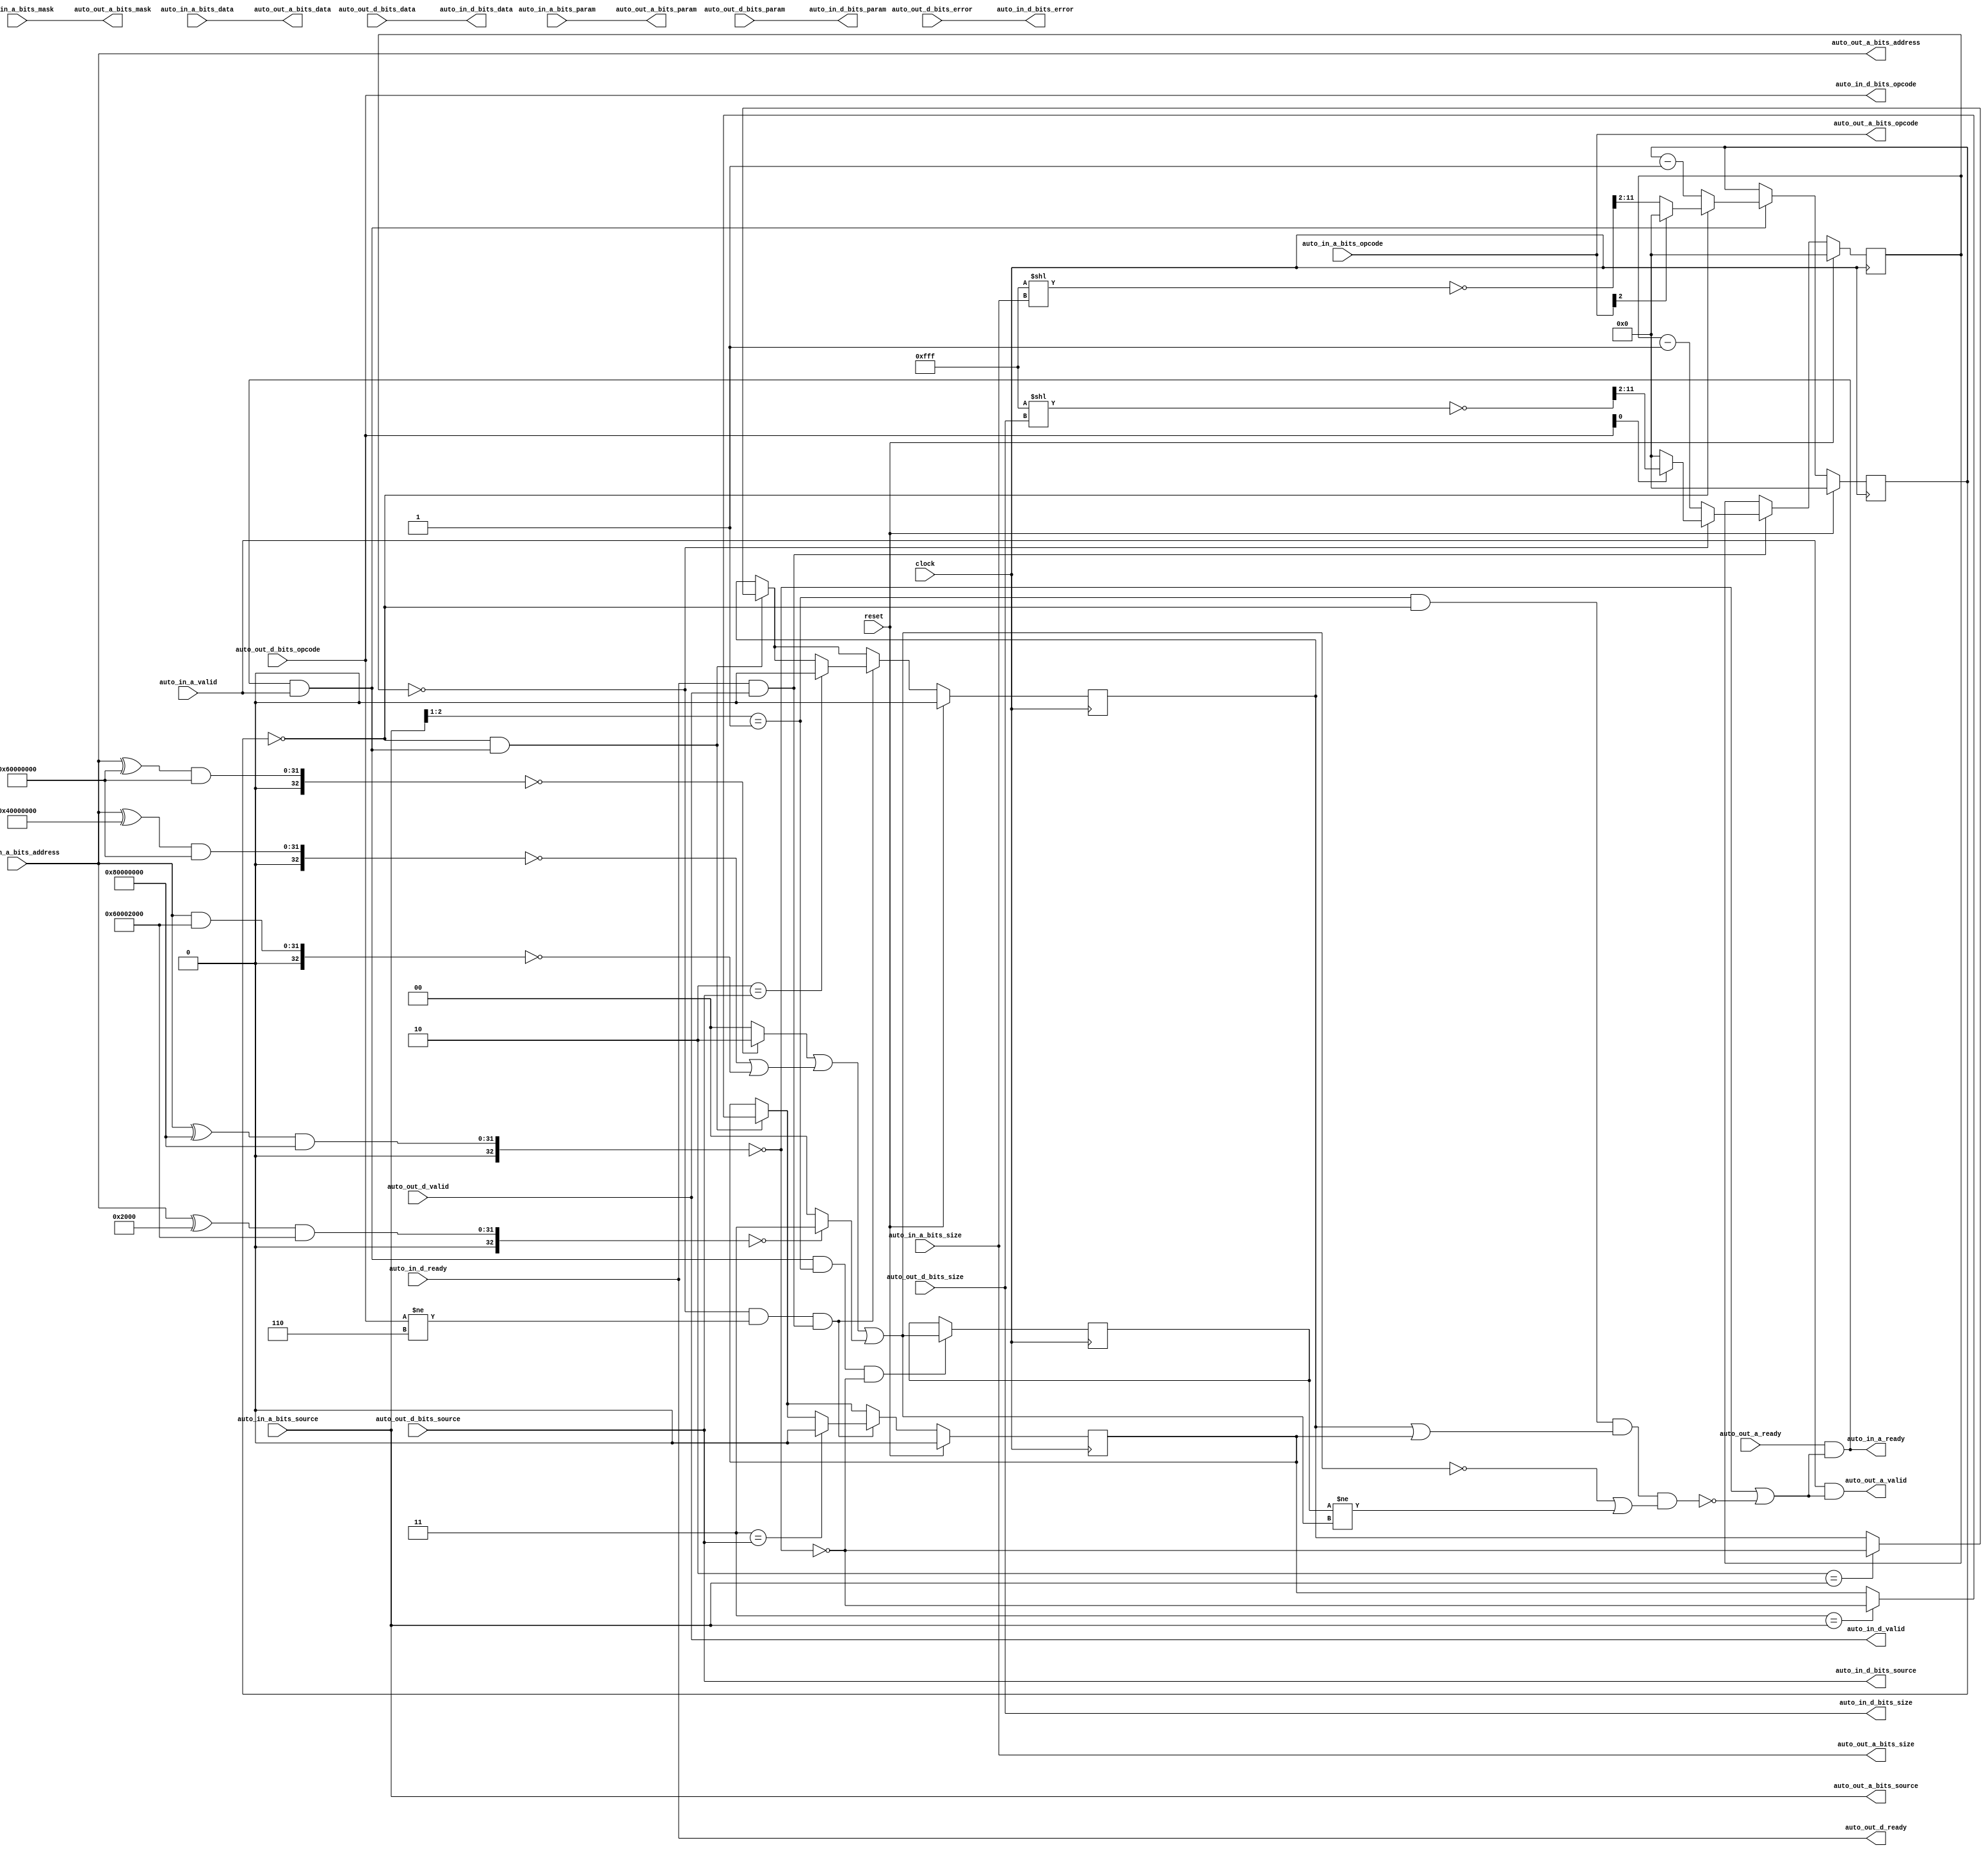
// Copyright (c) 2017, Microsemi Corporation
// All rights reserved.
//
// Redistribution and use in source and binary forms, with or without
// modification, are permitted provided that the following conditions are met:
//     * Redistributions of source code must retain the above copyright
//       notice, this list of conditions and the following disclaimer.
//     * Redistributions in binary form must reproduce the above copyright
//       notice, this list of conditions and the following disclaimer in the
//       documentation and/or other materials provided with the distribution.
//     * Neither the name of the <organization> nor the
//       names of its contributors may be used to endorse or promote products
//       derived from this software without specific prior written permission.
//
// THIS SOFTWARE IS PROVIDED BY THE COPYRIGHT HOLDERS AND CONTRIBUTORS "AS IS" AND
// ANY EXPRESS OR IMPLIED WARRANTIES, INCLUDING, BUT NOT LIMITED TO, THE IMPLIED
// WARRANTIES OF MERCHANTABILITY AND FITNESS FOR A PARTICULAR PURPOSE ARE
// DISCLAIMED. IN NO EVENT SHALL MICROSEMI CORPORATIONM BE LIABLE FOR ANY
// DIRECT, INDIRECT, INCIDENTAL, SPECIAL, EXEMPLARY, OR CONSEQUENTIAL DAMAGES
// (INCLUDING, BUT NOT LIMITED TO, PROCUREMENT OF SUBSTITUTE GOODS OR SERVICES;
// LOSS OF USE, DATA, OR PROFITS; OR BUSINESS INTERRUPTION) HOWEVER CAUSED AND
// ON ANY THEORY OF LIABILITY, WHETHER IN CONTRACT, STRICT LIABILITY, OR TORT
// (INCLUDING NEGLIGENCE OR OTHERWISE) ARISING IN ANY WAY OUT OF THE USE OF THIS
// SOFTWARE, EVEN IF ADVISED OF THE POSSIBILITY OF SUCH DAMAGE.
//
// APACHE LICENSE
// Copyright (c) 2017, Microsemi Corporation 
//
// Licensed under the Apache License, Version 2.0 (the "License");
// you may not use this file except in compliance with the License.
// You may obtain a copy of the License at
//
//    http://www.apache.org/licenses/LICENSE-2.0
//
// Unless required by applicable law or agreed to in writing, software
// distributed under the License is distributed on an "AS IS" BASIS,
// WITHOUT WARRANTIES OR CONDITIONS OF ANY KIND, either express or implied.
// See the License for the specific language governing permissions and
// limitations under the License.
//
// Description:
//
// SVN Revision Information:
// SVN $Revision: $
// SVN $Date: $
//
// Resolved SARs
// SAR      Date     Who   Description
//
// Notes:
//
// ****************************************************************************/
`ifndef RANDOMIZE_REG_INIT 
	 `define RANDOMIZE_REG_INIT 
 `endif
`ifndef RANDOMIZE_MEM_INIT 
	 `define RANDOMIZE_MEM_INIT 
 `endif
`ifndef RANDOMIZE 
	 `define RANDOMIZE 
`endif

`timescale 1ns/10ps
module MiV_AXI_MiV_AXI_0_MIV_RV32IMA_L1_AXI_TLFIFOFIXER_SYSTEM_BUS( // @[:freechips.rocketchip.system.MivRV32ImaL1AhbConfig.fir@2437.2]
  input         clock, // @[:freechips.rocketchip.system.MivRV32ImaL1AhbConfig.fir@2438.4]
  input         reset, // @[:freechips.rocketchip.system.MivRV32ImaL1AhbConfig.fir@2439.4]
  output        auto_in_a_ready, // @[:freechips.rocketchip.system.MivRV32ImaL1AhbConfig.fir@2440.4]
  input         auto_in_a_valid, // @[:freechips.rocketchip.system.MivRV32ImaL1AhbConfig.fir@2440.4]
  input  [2:0]  auto_in_a_bits_opcode, // @[:freechips.rocketchip.system.MivRV32ImaL1AhbConfig.fir@2440.4]
  input  [2:0]  auto_in_a_bits_param, // @[:freechips.rocketchip.system.MivRV32ImaL1AhbConfig.fir@2440.4]
  input  [3:0]  auto_in_a_bits_size, // @[:freechips.rocketchip.system.MivRV32ImaL1AhbConfig.fir@2440.4]
  input  [2:0]  auto_in_a_bits_source, // @[:freechips.rocketchip.system.MivRV32ImaL1AhbConfig.fir@2440.4]
  input  [31:0] auto_in_a_bits_address, // @[:freechips.rocketchip.system.MivRV32ImaL1AhbConfig.fir@2440.4]
  input  [3:0]  auto_in_a_bits_mask, // @[:freechips.rocketchip.system.MivRV32ImaL1AhbConfig.fir@2440.4]
  input  [31:0] auto_in_a_bits_data, // @[:freechips.rocketchip.system.MivRV32ImaL1AhbConfig.fir@2440.4]
  input         auto_in_d_ready, // @[:freechips.rocketchip.system.MivRV32ImaL1AhbConfig.fir@2440.4]
  output        auto_in_d_valid, // @[:freechips.rocketchip.system.MivRV32ImaL1AhbConfig.fir@2440.4]
  output [2:0]  auto_in_d_bits_opcode, // @[:freechips.rocketchip.system.MivRV32ImaL1AhbConfig.fir@2440.4]
  output [1:0]  auto_in_d_bits_param, // @[:freechips.rocketchip.system.MivRV32ImaL1AhbConfig.fir@2440.4]
  output [3:0]  auto_in_d_bits_size, // @[:freechips.rocketchip.system.MivRV32ImaL1AhbConfig.fir@2440.4]
  output [2:0]  auto_in_d_bits_source, // @[:freechips.rocketchip.system.MivRV32ImaL1AhbConfig.fir@2440.4]
  output [31:0] auto_in_d_bits_data, // @[:freechips.rocketchip.system.MivRV32ImaL1AhbConfig.fir@2440.4]
  output        auto_in_d_bits_error, // @[:freechips.rocketchip.system.MivRV32ImaL1AhbConfig.fir@2440.4]
  input         auto_out_a_ready, // @[:freechips.rocketchip.system.MivRV32ImaL1AhbConfig.fir@2440.4]
  output        auto_out_a_valid, // @[:freechips.rocketchip.system.MivRV32ImaL1AhbConfig.fir@2440.4]
  output [2:0]  auto_out_a_bits_opcode, // @[:freechips.rocketchip.system.MivRV32ImaL1AhbConfig.fir@2440.4]
  output [2:0]  auto_out_a_bits_param, // @[:freechips.rocketchip.system.MivRV32ImaL1AhbConfig.fir@2440.4]
  output [3:0]  auto_out_a_bits_size, // @[:freechips.rocketchip.system.MivRV32ImaL1AhbConfig.fir@2440.4]
  output [2:0]  auto_out_a_bits_source, // @[:freechips.rocketchip.system.MivRV32ImaL1AhbConfig.fir@2440.4]
  output [31:0] auto_out_a_bits_address, // @[:freechips.rocketchip.system.MivRV32ImaL1AhbConfig.fir@2440.4]
  output [3:0]  auto_out_a_bits_mask, // @[:freechips.rocketchip.system.MivRV32ImaL1AhbConfig.fir@2440.4]
  output [31:0] auto_out_a_bits_data, // @[:freechips.rocketchip.system.MivRV32ImaL1AhbConfig.fir@2440.4]
  output        auto_out_d_ready, // @[:freechips.rocketchip.system.MivRV32ImaL1AhbConfig.fir@2440.4]
  input         auto_out_d_valid, // @[:freechips.rocketchip.system.MivRV32ImaL1AhbConfig.fir@2440.4]
  input  [2:0]  auto_out_d_bits_opcode, // @[:freechips.rocketchip.system.MivRV32ImaL1AhbConfig.fir@2440.4]
  input  [1:0]  auto_out_d_bits_param, // @[:freechips.rocketchip.system.MivRV32ImaL1AhbConfig.fir@2440.4]
  input  [3:0]  auto_out_d_bits_size, // @[:freechips.rocketchip.system.MivRV32ImaL1AhbConfig.fir@2440.4]
  input  [2:0]  auto_out_d_bits_source, // @[:freechips.rocketchip.system.MivRV32ImaL1AhbConfig.fir@2440.4]
  input  [31:0] auto_out_d_bits_data, // @[:freechips.rocketchip.system.MivRV32ImaL1AhbConfig.fir@2440.4]
  input         auto_out_d_bits_error // @[:freechips.rocketchip.system.MivRV32ImaL1AhbConfig.fir@2440.4]
);
  reg [9:0] _T_292; // @[Edges.scala 220:27:freechips.rocketchip.system.MivRV32ImaL1AhbConfig.fir@2504.4]
  reg [31:0] _RAND_0;
  reg [9:0] _T_320; // @[Edges.scala 220:27:freechips.rocketchip.system.MivRV32ImaL1AhbConfig.fir@2527.4]
  reg [31:0] _RAND_1;
  reg  _T_372_2; // @[FIFOFixer.scala 70:27:freechips.rocketchip.system.MivRV32ImaL1AhbConfig.fir@2552.4]
  reg [31:0] _RAND_2;
  reg  _T_372_3; // @[FIFOFixer.scala 70:27:freechips.rocketchip.system.MivRV32ImaL1AhbConfig.fir@2552.4]
  reg [31:0] _RAND_3;
  reg [1:0] _T_426; // @[Reg.scala 11:16:freechips.rocketchip.system.MivRV32ImaL1AhbConfig.fir@2576.4]
  reg [31:0] _RAND_4;
  wire [32:0] _T_205; // @[Parameters.scala 153:49:freechips.rocketchip.system.MivRV32ImaL1AhbConfig.fir@2452.4]
  wire [31:0] _T_213; // @[Parameters.scala 153:31:freechips.rocketchip.system.MivRV32ImaL1AhbConfig.fir@2456.4]
  wire [32:0] _T_214; // @[Parameters.scala 153:49:freechips.rocketchip.system.MivRV32ImaL1AhbConfig.fir@2457.4]
  wire [32:0] _T_216; // @[Parameters.scala 153:52:freechips.rocketchip.system.MivRV32ImaL1AhbConfig.fir@2458.4]
  wire [32:0] _T_217; // @[Parameters.scala 153:52:freechips.rocketchip.system.MivRV32ImaL1AhbConfig.fir@2459.4]
  wire  _T_219; // @[Parameters.scala 153:67:freechips.rocketchip.system.MivRV32ImaL1AhbConfig.fir@2460.4]
  wire [31:0] _T_230; // @[Parameters.scala 153:31:freechips.rocketchip.system.MivRV32ImaL1AhbConfig.fir@2466.4]
  wire [32:0] _T_231; // @[Parameters.scala 153:49:freechips.rocketchip.system.MivRV32ImaL1AhbConfig.fir@2467.4]
  wire [32:0] _T_233; // @[Parameters.scala 153:52:freechips.rocketchip.system.MivRV32ImaL1AhbConfig.fir@2468.4]
  wire [32:0] _T_234; // @[Parameters.scala 153:52:freechips.rocketchip.system.MivRV32ImaL1AhbConfig.fir@2469.4]
  wire  _T_236; // @[Parameters.scala 153:67:freechips.rocketchip.system.MivRV32ImaL1AhbConfig.fir@2470.4]
  wire [31:0] _T_239; // @[Parameters.scala 153:31:freechips.rocketchip.system.MivRV32ImaL1AhbConfig.fir@2471.4]
  wire [32:0] _T_240; // @[Parameters.scala 153:49:freechips.rocketchip.system.MivRV32ImaL1AhbConfig.fir@2472.4]
  wire [32:0] _T_242; // @[Parameters.scala 153:52:freechips.rocketchip.system.MivRV32ImaL1AhbConfig.fir@2473.4]
  wire [32:0] _T_243; // @[Parameters.scala 153:52:freechips.rocketchip.system.MivRV32ImaL1AhbConfig.fir@2474.4]
  wire  _T_245; // @[Parameters.scala 153:67:freechips.rocketchip.system.MivRV32ImaL1AhbConfig.fir@2475.4]
  wire [32:0] _T_250; // @[Parameters.scala 153:52:freechips.rocketchip.system.MivRV32ImaL1AhbConfig.fir@2478.4]
  wire [32:0] _T_251; // @[Parameters.scala 153:52:freechips.rocketchip.system.MivRV32ImaL1AhbConfig.fir@2479.4]
  wire  _T_253; // @[Parameters.scala 153:67:freechips.rocketchip.system.MivRV32ImaL1AhbConfig.fir@2480.4]
  wire  _T_254; // @[Parameters.scala 137:89:freechips.rocketchip.system.MivRV32ImaL1AhbConfig.fir@2481.4]
  wire [31:0] _T_257; // @[Parameters.scala 153:31:freechips.rocketchip.system.MivRV32ImaL1AhbConfig.fir@2482.4]
  wire [32:0] _T_258; // @[Parameters.scala 153:49:freechips.rocketchip.system.MivRV32ImaL1AhbConfig.fir@2483.4]
  wire [32:0] _T_260; // @[Parameters.scala 153:52:freechips.rocketchip.system.MivRV32ImaL1AhbConfig.fir@2484.4]
  wire [32:0] _T_261; // @[Parameters.scala 153:52:freechips.rocketchip.system.MivRV32ImaL1AhbConfig.fir@2485.4]
  wire  _T_263; // @[Parameters.scala 153:67:freechips.rocketchip.system.MivRV32ImaL1AhbConfig.fir@2486.4]
  wire [1:0] _T_267; // @[Mux.scala 19:72:freechips.rocketchip.system.MivRV32ImaL1AhbConfig.fir@2487.4]
  wire [1:0] _T_271; // @[Mux.scala 19:72:freechips.rocketchip.system.MivRV32ImaL1AhbConfig.fir@2489.4]
  wire [1:0] _GEN_29; // @[Mux.scala 19:72:freechips.rocketchip.system.MivRV32ImaL1AhbConfig.fir@2490.4]
  wire [1:0] _T_272; // @[Mux.scala 19:72:freechips.rocketchip.system.MivRV32ImaL1AhbConfig.fir@2490.4]
  wire [1:0] _T_273; // @[Mux.scala 19:72:freechips.rocketchip.system.MivRV32ImaL1AhbConfig.fir@2491.4]
  wire  _T_277; // @[FIFOFixer.scala 54:29:freechips.rocketchip.system.MivRV32ImaL1AhbConfig.fir@2494.4]
  wire [1:0] _T_411; // @[Parameters.scala 51:10:freechips.rocketchip.system.MivRV32ImaL1AhbConfig.fir@2566.4]
  wire  _T_413; // @[Parameters.scala 51:32:freechips.rocketchip.system.MivRV32ImaL1AhbConfig.fir@2567.4]
  wire  _T_298; // @[Edges.scala 222:25:freechips.rocketchip.system.MivRV32ImaL1AhbConfig.fir@2508.4]
  wire  _T_427; // @[FIFOFixer.scala 79:15:freechips.rocketchip.system.MivRV32ImaL1AhbConfig.fir@2580.4]
  wire  _T_428; // @[FIFOFixer.scala 79:44:freechips.rocketchip.system.MivRV32ImaL1AhbConfig.fir@2581.4]
  wire  _T_429; // @[FIFOFixer.scala 79:26:freechips.rocketchip.system.MivRV32ImaL1AhbConfig.fir@2582.4]
  wire  _T_430; // @[FIFOFixer.scala 79:71:freechips.rocketchip.system.MivRV32ImaL1AhbConfig.fir@2583.4]
  wire  _T_431; // @[FIFOFixer.scala 79:65:freechips.rocketchip.system.MivRV32ImaL1AhbConfig.fir@2584.4]
  wire  _T_432; // @[FIFOFixer.scala 79:50:freechips.rocketchip.system.MivRV32ImaL1AhbConfig.fir@2585.4]
  wire  _T_440; // @[FIFOFixer.scala 87:50:freechips.rocketchip.system.MivRV32ImaL1AhbConfig.fir@2593.4]
  wire  _T_441; // @[FIFOFixer.scala 87:47:freechips.rocketchip.system.MivRV32ImaL1AhbConfig.fir@2594.4]
  wire  _T_442; // @[FIFOFixer.scala 87:33:freechips.rocketchip.system.MivRV32ImaL1AhbConfig.fir@2595.4]
  wire  _T_278; // @[Decoupled.scala 30:37:freechips.rocketchip.system.MivRV32ImaL1AhbConfig.fir@2495.4]
  wire [26:0] _T_281; // @[package.scala 82:77:freechips.rocketchip.system.MivRV32ImaL1AhbConfig.fir@2497.4]
  wire [11:0] _T_282; // @[package.scala 82:82:freechips.rocketchip.system.MivRV32ImaL1AhbConfig.fir@2498.4]
  wire [11:0] _T_283; // @[package.scala 82:46:freechips.rocketchip.system.MivRV32ImaL1AhbConfig.fir@2499.4]
  wire [9:0] _T_284; // @[Edges.scala 211:59:freechips.rocketchip.system.MivRV32ImaL1AhbConfig.fir@2500.4]
  wire  _T_285; // @[Edges.scala 92:37:freechips.rocketchip.system.MivRV32ImaL1AhbConfig.fir@2501.4]
  wire  _T_287; // @[Edges.scala 92:28:freechips.rocketchip.system.MivRV32ImaL1AhbConfig.fir@2502.4]
  wire [9:0] _T_289; // @[Edges.scala 212:14:freechips.rocketchip.system.MivRV32ImaL1AhbConfig.fir@2503.4]
  wire [10:0] _T_294; // @[Edges.scala 221:28:freechips.rocketchip.system.MivRV32ImaL1AhbConfig.fir@2505.4]
  wire [10:0] _T_295; // @[Edges.scala 221:28:freechips.rocketchip.system.MivRV32ImaL1AhbConfig.fir@2506.4]
  wire [9:0] _T_296; // @[Edges.scala 221:28:freechips.rocketchip.system.MivRV32ImaL1AhbConfig.fir@2507.4]
  wire [9:0] _T_307; // @[Edges.scala 227:21:freechips.rocketchip.system.MivRV32ImaL1AhbConfig.fir@2516.6]
  wire [9:0] _GEN_2; // @[Edges.scala 226:17:freechips.rocketchip.system.MivRV32ImaL1AhbConfig.fir@2515.4]
  wire  _T_308; // @[Decoupled.scala 30:37:freechips.rocketchip.system.MivRV32ImaL1AhbConfig.fir@2519.4]
  wire [26:0] _T_311; // @[package.scala 82:77:freechips.rocketchip.system.MivRV32ImaL1AhbConfig.fir@2521.4]
  wire [11:0] _T_312; // @[package.scala 82:82:freechips.rocketchip.system.MivRV32ImaL1AhbConfig.fir@2522.4]
  wire [11:0] _T_313; // @[package.scala 82:46:freechips.rocketchip.system.MivRV32ImaL1AhbConfig.fir@2523.4]
  wire [9:0] _T_314; // @[Edges.scala 211:59:freechips.rocketchip.system.MivRV32ImaL1AhbConfig.fir@2524.4]
  wire  _T_315; // @[Edges.scala 106:36:freechips.rocketchip.system.MivRV32ImaL1AhbConfig.fir@2525.4]
  wire [9:0] _T_317; // @[Edges.scala 212:14:freechips.rocketchip.system.MivRV32ImaL1AhbConfig.fir@2526.4]
  wire [10:0] _T_322; // @[Edges.scala 221:28:freechips.rocketchip.system.MivRV32ImaL1AhbConfig.fir@2528.4]
  wire [10:0] _T_323; // @[Edges.scala 221:28:freechips.rocketchip.system.MivRV32ImaL1AhbConfig.fir@2529.4]
  wire [9:0] _T_324; // @[Edges.scala 221:28:freechips.rocketchip.system.MivRV32ImaL1AhbConfig.fir@2530.4]
  wire  _T_326; // @[Edges.scala 222:25:freechips.rocketchip.system.MivRV32ImaL1AhbConfig.fir@2531.4]
  wire [9:0] _T_335; // @[Edges.scala 227:21:freechips.rocketchip.system.MivRV32ImaL1AhbConfig.fir@2539.6]
  wire [9:0] _GEN_3; // @[Edges.scala 226:17:freechips.rocketchip.system.MivRV32ImaL1AhbConfig.fir@2538.4]
  wire  _T_337; // @[FIFOFixer.scala 66:63:freechips.rocketchip.system.MivRV32ImaL1AhbConfig.fir@2542.4]
  wire  _T_338; // @[FIFOFixer.scala 66:42:freechips.rocketchip.system.MivRV32ImaL1AhbConfig.fir@2543.4]
  wire  _T_396; // @[FIFOFixer.scala 71:21:freechips.rocketchip.system.MivRV32ImaL1AhbConfig.fir@2554.4]
  wire  _T_401; // @[FIFOFixer.scala 71:67:freechips.rocketchip.system.MivRV32ImaL1AhbConfig.fir@2556.6]
  wire  _GEN_6; // @[FIFOFixer.scala 71:64:freechips.rocketchip.system.MivRV32ImaL1AhbConfig.fir@2557.6]
  wire  _GEN_7; // @[FIFOFixer.scala 71:64:freechips.rocketchip.system.MivRV32ImaL1AhbConfig.fir@2557.6]
  wire  _GEN_12; // @[FIFOFixer.scala 71:37:freechips.rocketchip.system.MivRV32ImaL1AhbConfig.fir@2555.4]
  wire  _GEN_13; // @[FIFOFixer.scala 71:37:freechips.rocketchip.system.MivRV32ImaL1AhbConfig.fir@2555.4]
  wire  _T_403; // @[FIFOFixer.scala 72:21:freechips.rocketchip.system.MivRV32ImaL1AhbConfig.fir@2560.4]
  wire  _GEN_18; // @[FIFOFixer.scala 72:64:freechips.rocketchip.system.MivRV32ImaL1AhbConfig.fir@2562.6]
  wire  _GEN_19; // @[FIFOFixer.scala 72:64:freechips.rocketchip.system.MivRV32ImaL1AhbConfig.fir@2562.6]
  wire  _GEN_24; // @[FIFOFixer.scala 72:37:freechips.rocketchip.system.MivRV32ImaL1AhbConfig.fir@2561.4]
  wire  _GEN_25; // @[FIFOFixer.scala 72:37:freechips.rocketchip.system.MivRV32ImaL1AhbConfig.fir@2561.4]
  wire  _T_421; // @[FIFOFixer.scala 76:49:freechips.rocketchip.system.MivRV32ImaL1AhbConfig.fir@2573.4]
  wire  _T_424; // @[FIFOFixer.scala 76:58:freechips.rocketchip.system.MivRV32ImaL1AhbConfig.fir@2575.4]
  wire [1:0] _GEN_28; // @[Reg.scala 12:19:freechips.rocketchip.system.MivRV32ImaL1AhbConfig.fir@2577.4]
  wire  _T_438; // @[FIFOFixer.scala 86:33:freechips.rocketchip.system.MivRV32ImaL1AhbConfig.fir@2591.4]
  assign _T_205 = {1'b0,$signed(auto_in_a_bits_address)}; // @[Parameters.scala 153:49:freechips.rocketchip.system.MivRV32ImaL1AhbConfig.fir@2452.4]
  assign _T_213 = auto_in_a_bits_address ^ 32'h80000000; // @[Parameters.scala 153:31:freechips.rocketchip.system.MivRV32ImaL1AhbConfig.fir@2456.4]
  assign _T_214 = {1'b0,$signed(_T_213)}; // @[Parameters.scala 153:49:freechips.rocketchip.system.MivRV32ImaL1AhbConfig.fir@2457.4]
  assign _T_216 = $signed(_T_214) & $signed(33'sh80000000); // @[Parameters.scala 153:52:freechips.rocketchip.system.MivRV32ImaL1AhbConfig.fir@2458.4]
  assign _T_217 = $signed(_T_216); // @[Parameters.scala 153:52:freechips.rocketchip.system.MivRV32ImaL1AhbConfig.fir@2459.4]
  assign _T_219 = $signed(_T_217) == $signed(33'sh0); // @[Parameters.scala 153:67:freechips.rocketchip.system.MivRV32ImaL1AhbConfig.fir@2460.4]
  assign _T_230 = auto_in_a_bits_address ^ 32'h60000000; // @[Parameters.scala 153:31:freechips.rocketchip.system.MivRV32ImaL1AhbConfig.fir@2466.4]
  assign _T_231 = {1'b0,$signed(_T_230)}; // @[Parameters.scala 153:49:freechips.rocketchip.system.MivRV32ImaL1AhbConfig.fir@2467.4]
  assign _T_233 = $signed(_T_231) & $signed(33'sh60000000); // @[Parameters.scala 153:52:freechips.rocketchip.system.MivRV32ImaL1AhbConfig.fir@2468.4]
  assign _T_234 = $signed(_T_233); // @[Parameters.scala 153:52:freechips.rocketchip.system.MivRV32ImaL1AhbConfig.fir@2469.4]
  assign _T_236 = $signed(_T_234) == $signed(33'sh0); // @[Parameters.scala 153:67:freechips.rocketchip.system.MivRV32ImaL1AhbConfig.fir@2470.4]
  assign _T_239 = auto_in_a_bits_address ^ 32'h40000000; // @[Parameters.scala 153:31:freechips.rocketchip.system.MivRV32ImaL1AhbConfig.fir@2471.4]
  assign _T_240 = {1'b0,$signed(_T_239)}; // @[Parameters.scala 153:49:freechips.rocketchip.system.MivRV32ImaL1AhbConfig.fir@2472.4]
  assign _T_242 = $signed(_T_240) & $signed(33'sh60000000); // @[Parameters.scala 153:52:freechips.rocketchip.system.MivRV32ImaL1AhbConfig.fir@2473.4]
  assign _T_243 = $signed(_T_242); // @[Parameters.scala 153:52:freechips.rocketchip.system.MivRV32ImaL1AhbConfig.fir@2474.4]
  assign _T_245 = $signed(_T_243) == $signed(33'sh0); // @[Parameters.scala 153:67:freechips.rocketchip.system.MivRV32ImaL1AhbConfig.fir@2475.4]
  assign _T_250 = $signed(_T_205) & $signed(33'sh60002000); // @[Parameters.scala 153:52:freechips.rocketchip.system.MivRV32ImaL1AhbConfig.fir@2478.4]
  assign _T_251 = $signed(_T_250); // @[Parameters.scala 153:52:freechips.rocketchip.system.MivRV32ImaL1AhbConfig.fir@2479.4]
  assign _T_253 = $signed(_T_251) == $signed(33'sh0); // @[Parameters.scala 153:67:freechips.rocketchip.system.MivRV32ImaL1AhbConfig.fir@2480.4]
  assign _T_254 = _T_245 | _T_253; // @[Parameters.scala 137:89:freechips.rocketchip.system.MivRV32ImaL1AhbConfig.fir@2481.4]
  assign _T_257 = auto_in_a_bits_address ^ 32'h2000; // @[Parameters.scala 153:31:freechips.rocketchip.system.MivRV32ImaL1AhbConfig.fir@2482.4]
  assign _T_258 = {1'b0,$signed(_T_257)}; // @[Parameters.scala 153:49:freechips.rocketchip.system.MivRV32ImaL1AhbConfig.fir@2483.4]
  assign _T_260 = $signed(_T_258) & $signed(33'sh60002000); // @[Parameters.scala 153:52:freechips.rocketchip.system.MivRV32ImaL1AhbConfig.fir@2484.4]
  assign _T_261 = $signed(_T_260); // @[Parameters.scala 153:52:freechips.rocketchip.system.MivRV32ImaL1AhbConfig.fir@2485.4]
  assign _T_263 = $signed(_T_261) == $signed(33'sh0); // @[Parameters.scala 153:67:freechips.rocketchip.system.MivRV32ImaL1AhbConfig.fir@2486.4]
  assign _T_267 = _T_236 ? 2'h2 : 2'h0; // @[Mux.scala 19:72:freechips.rocketchip.system.MivRV32ImaL1AhbConfig.fir@2487.4]
  assign _T_271 = _T_263 ? 2'h3 : 2'h0; // @[Mux.scala 19:72:freechips.rocketchip.system.MivRV32ImaL1AhbConfig.fir@2489.4]
  assign _GEN_29 = {{1'd0}, _T_254}; // @[Mux.scala 19:72:freechips.rocketchip.system.MivRV32ImaL1AhbConfig.fir@2490.4]
  assign _T_272 = _T_267 | _GEN_29; // @[Mux.scala 19:72:freechips.rocketchip.system.MivRV32ImaL1AhbConfig.fir@2490.4]
  assign _T_273 = _T_272 | _T_271; // @[Mux.scala 19:72:freechips.rocketchip.system.MivRV32ImaL1AhbConfig.fir@2491.4]
  assign _T_277 = _T_273 == 2'h0; // @[FIFOFixer.scala 54:29:freechips.rocketchip.system.MivRV32ImaL1AhbConfig.fir@2494.4]
  assign _T_411 = auto_in_a_bits_source[2:1]; // @[Parameters.scala 51:10:freechips.rocketchip.system.MivRV32ImaL1AhbConfig.fir@2566.4]
  assign _T_413 = _T_411 == 2'h1; // @[Parameters.scala 51:32:freechips.rocketchip.system.MivRV32ImaL1AhbConfig.fir@2567.4]
  assign _T_298 = _T_292 == 10'h0; // @[Edges.scala 222:25:freechips.rocketchip.system.MivRV32ImaL1AhbConfig.fir@2508.4]
  assign _T_427 = _T_413 & _T_298; // @[FIFOFixer.scala 79:15:freechips.rocketchip.system.MivRV32ImaL1AhbConfig.fir@2580.4]
  assign _T_428 = _T_372_2 | _T_372_3; // @[FIFOFixer.scala 79:44:freechips.rocketchip.system.MivRV32ImaL1AhbConfig.fir@2581.4]
  assign _T_429 = _T_427 & _T_428; // @[FIFOFixer.scala 79:26:freechips.rocketchip.system.MivRV32ImaL1AhbConfig.fir@2582.4]
  assign _T_430 = _T_426 != _T_273; // @[FIFOFixer.scala 79:71:freechips.rocketchip.system.MivRV32ImaL1AhbConfig.fir@2583.4]
  assign _T_431 = _T_277 | _T_430; // @[FIFOFixer.scala 79:65:freechips.rocketchip.system.MivRV32ImaL1AhbConfig.fir@2584.4]
  assign _T_432 = _T_429 & _T_431; // @[FIFOFixer.scala 79:50:freechips.rocketchip.system.MivRV32ImaL1AhbConfig.fir@2585.4]
  assign _T_440 = _T_432 == 1'h0; // @[FIFOFixer.scala 87:50:freechips.rocketchip.system.MivRV32ImaL1AhbConfig.fir@2593.4]
  assign _T_441 = _T_219 | _T_440; // @[FIFOFixer.scala 87:47:freechips.rocketchip.system.MivRV32ImaL1AhbConfig.fir@2594.4]
  assign _T_442 = auto_out_a_ready & _T_441; // @[FIFOFixer.scala 87:33:freechips.rocketchip.system.MivRV32ImaL1AhbConfig.fir@2595.4]
  assign _T_278 = _T_442 & auto_in_a_valid; // @[Decoupled.scala 30:37:freechips.rocketchip.system.MivRV32ImaL1AhbConfig.fir@2495.4]
  assign _T_281 = 27'hfff << auto_in_a_bits_size; // @[package.scala 82:77:freechips.rocketchip.system.MivRV32ImaL1AhbConfig.fir@2497.4]
  assign _T_282 = _T_281[11:0]; // @[package.scala 82:82:freechips.rocketchip.system.MivRV32ImaL1AhbConfig.fir@2498.4]
  assign _T_283 = ~ _T_282; // @[package.scala 82:46:freechips.rocketchip.system.MivRV32ImaL1AhbConfig.fir@2499.4]
  assign _T_284 = _T_283[11:2]; // @[Edges.scala 211:59:freechips.rocketchip.system.MivRV32ImaL1AhbConfig.fir@2500.4]
  assign _T_285 = auto_in_a_bits_opcode[2]; // @[Edges.scala 92:37:freechips.rocketchip.system.MivRV32ImaL1AhbConfig.fir@2501.4]
  assign _T_287 = _T_285 == 1'h0; // @[Edges.scala 92:28:freechips.rocketchip.system.MivRV32ImaL1AhbConfig.fir@2502.4]
  assign _T_289 = _T_287 ? _T_284 : 10'h0; // @[Edges.scala 212:14:freechips.rocketchip.system.MivRV32ImaL1AhbConfig.fir@2503.4]
  assign _T_294 = _T_292 - 10'h1; // @[Edges.scala 221:28:freechips.rocketchip.system.MivRV32ImaL1AhbConfig.fir@2505.4]
  assign _T_295 = $unsigned(_T_294); // @[Edges.scala 221:28:freechips.rocketchip.system.MivRV32ImaL1AhbConfig.fir@2506.4]
  assign _T_296 = _T_295[9:0]; // @[Edges.scala 221:28:freechips.rocketchip.system.MivRV32ImaL1AhbConfig.fir@2507.4]
  assign _T_307 = _T_298 ? _T_289 : _T_296; // @[Edges.scala 227:21:freechips.rocketchip.system.MivRV32ImaL1AhbConfig.fir@2516.6]
  assign _GEN_2 = _T_278 ? _T_307 : _T_292; // @[Edges.scala 226:17:freechips.rocketchip.system.MivRV32ImaL1AhbConfig.fir@2515.4]
  assign _T_308 = auto_in_d_ready & auto_out_d_valid; // @[Decoupled.scala 30:37:freechips.rocketchip.system.MivRV32ImaL1AhbConfig.fir@2519.4]
  assign _T_311 = 27'hfff << auto_out_d_bits_size; // @[package.scala 82:77:freechips.rocketchip.system.MivRV32ImaL1AhbConfig.fir@2521.4]
  assign _T_312 = _T_311[11:0]; // @[package.scala 82:82:freechips.rocketchip.system.MivRV32ImaL1AhbConfig.fir@2522.4]
  assign _T_313 = ~ _T_312; // @[package.scala 82:46:freechips.rocketchip.system.MivRV32ImaL1AhbConfig.fir@2523.4]
  assign _T_314 = _T_313[11:2]; // @[Edges.scala 211:59:freechips.rocketchip.system.MivRV32ImaL1AhbConfig.fir@2524.4]
  assign _T_315 = auto_out_d_bits_opcode[0]; // @[Edges.scala 106:36:freechips.rocketchip.system.MivRV32ImaL1AhbConfig.fir@2525.4]
  assign _T_317 = _T_315 ? _T_314 : 10'h0; // @[Edges.scala 212:14:freechips.rocketchip.system.MivRV32ImaL1AhbConfig.fir@2526.4]
  assign _T_322 = _T_320 - 10'h1; // @[Edges.scala 221:28:freechips.rocketchip.system.MivRV32ImaL1AhbConfig.fir@2528.4]
  assign _T_323 = $unsigned(_T_322); // @[Edges.scala 221:28:freechips.rocketchip.system.MivRV32ImaL1AhbConfig.fir@2529.4]
  assign _T_324 = _T_323[9:0]; // @[Edges.scala 221:28:freechips.rocketchip.system.MivRV32ImaL1AhbConfig.fir@2530.4]
  assign _T_326 = _T_320 == 10'h0; // @[Edges.scala 222:25:freechips.rocketchip.system.MivRV32ImaL1AhbConfig.fir@2531.4]
  assign _T_335 = _T_326 ? _T_317 : _T_324; // @[Edges.scala 227:21:freechips.rocketchip.system.MivRV32ImaL1AhbConfig.fir@2539.6]
  assign _GEN_3 = _T_308 ? _T_335 : _T_320; // @[Edges.scala 226:17:freechips.rocketchip.system.MivRV32ImaL1AhbConfig.fir@2538.4]
  assign _T_337 = auto_out_d_bits_opcode != 3'h6; // @[FIFOFixer.scala 66:63:freechips.rocketchip.system.MivRV32ImaL1AhbConfig.fir@2542.4]
  assign _T_338 = _T_326 & _T_337; // @[FIFOFixer.scala 66:42:freechips.rocketchip.system.MivRV32ImaL1AhbConfig.fir@2543.4]
  assign _T_396 = _T_298 & _T_278; // @[FIFOFixer.scala 71:21:freechips.rocketchip.system.MivRV32ImaL1AhbConfig.fir@2554.4]
  assign _T_401 = _T_219 == 1'h0; // @[FIFOFixer.scala 71:67:freechips.rocketchip.system.MivRV32ImaL1AhbConfig.fir@2556.6]
  assign _GEN_6 = 3'h2 == auto_in_a_bits_source ? _T_401 : _T_372_2; // @[FIFOFixer.scala 71:64:freechips.rocketchip.system.MivRV32ImaL1AhbConfig.fir@2557.6]
  assign _GEN_7 = 3'h3 == auto_in_a_bits_source ? _T_401 : _T_372_3; // @[FIFOFixer.scala 71:64:freechips.rocketchip.system.MivRV32ImaL1AhbConfig.fir@2557.6]
  assign _GEN_12 = _T_396 ? _GEN_6 : _T_372_2; // @[FIFOFixer.scala 71:37:freechips.rocketchip.system.MivRV32ImaL1AhbConfig.fir@2555.4]
  assign _GEN_13 = _T_396 ? _GEN_7 : _T_372_3; // @[FIFOFixer.scala 71:37:freechips.rocketchip.system.MivRV32ImaL1AhbConfig.fir@2555.4]
  assign _T_403 = _T_338 & _T_308; // @[FIFOFixer.scala 72:21:freechips.rocketchip.system.MivRV32ImaL1AhbConfig.fir@2560.4]
  assign _GEN_18 = 3'h2 == auto_out_d_bits_source ? 1'h0 : _GEN_12; // @[FIFOFixer.scala 72:64:freechips.rocketchip.system.MivRV32ImaL1AhbConfig.fir@2562.6]
  assign _GEN_19 = 3'h3 == auto_out_d_bits_source ? 1'h0 : _GEN_13; // @[FIFOFixer.scala 72:64:freechips.rocketchip.system.MivRV32ImaL1AhbConfig.fir@2562.6]
  assign _GEN_24 = _T_403 ? _GEN_18 : _GEN_12; // @[FIFOFixer.scala 72:37:freechips.rocketchip.system.MivRV32ImaL1AhbConfig.fir@2561.4]
  assign _GEN_25 = _T_403 ? _GEN_19 : _GEN_13; // @[FIFOFixer.scala 72:37:freechips.rocketchip.system.MivRV32ImaL1AhbConfig.fir@2561.4]
  assign _T_421 = _T_278 & _T_413; // @[FIFOFixer.scala 76:49:freechips.rocketchip.system.MivRV32ImaL1AhbConfig.fir@2573.4]
  assign _T_424 = _T_421 & _T_401; // @[FIFOFixer.scala 76:58:freechips.rocketchip.system.MivRV32ImaL1AhbConfig.fir@2575.4]
  assign _GEN_28 = _T_424 ? _T_273 : _T_426; // @[Reg.scala 12:19:freechips.rocketchip.system.MivRV32ImaL1AhbConfig.fir@2577.4]
  assign _T_438 = auto_in_a_valid & _T_441; // @[FIFOFixer.scala 86:33:freechips.rocketchip.system.MivRV32ImaL1AhbConfig.fir@2591.4]
  assign auto_in_a_ready = _T_442;
  assign auto_in_d_valid = auto_out_d_valid;
  assign auto_in_d_bits_opcode = auto_out_d_bits_opcode;
  assign auto_in_d_bits_param = auto_out_d_bits_param;
  assign auto_in_d_bits_size = auto_out_d_bits_size;
  assign auto_in_d_bits_source = auto_out_d_bits_source;
  assign auto_in_d_bits_data = auto_out_d_bits_data;
  assign auto_in_d_bits_error = auto_out_d_bits_error;
  assign auto_out_a_valid = _T_438;
  assign auto_out_a_bits_opcode = auto_in_a_bits_opcode;
  assign auto_out_a_bits_param = auto_in_a_bits_param;
  assign auto_out_a_bits_size = auto_in_a_bits_size;
  assign auto_out_a_bits_source = auto_in_a_bits_source;
  assign auto_out_a_bits_address = auto_in_a_bits_address;
  assign auto_out_a_bits_mask = auto_in_a_bits_mask;
  assign auto_out_a_bits_data = auto_in_a_bits_data;
  assign auto_out_d_ready = auto_in_d_ready;
`ifdef RANDOMIZE
  integer initvar;
  initial begin
    `ifndef verilator
      #0.002 begin end
    `endif
  `ifdef RANDOMIZE_REG_INIT
  _RAND_0 = {1{32'b0}};
  _T_292 = _RAND_0[9:0];
  `endif // RANDOMIZE_REG_INIT
  `ifdef RANDOMIZE_REG_INIT
  _RAND_1 = {1{32'b0}};
  _T_320 = _RAND_1[9:0];
  `endif // RANDOMIZE_REG_INIT
  `ifdef RANDOMIZE_REG_INIT
  _RAND_2 = {1{32'b0}};
  _T_372_2 = _RAND_2[0:0];
  `endif // RANDOMIZE_REG_INIT
  `ifdef RANDOMIZE_REG_INIT
  _RAND_3 = {1{32'b0}};
  _T_372_3 = _RAND_3[0:0];
  `endif // RANDOMIZE_REG_INIT
  `ifdef RANDOMIZE_REG_INIT
  _RAND_4 = {1{32'b0}};
  _T_426 = _RAND_4[1:0];
  `endif // RANDOMIZE_REG_INIT
  end
`endif // RANDOMIZE
  always @(posedge clock) begin
    if (reset) begin
      _T_292 <= 10'h0;
    end else begin
      if (_T_278) begin
        if (_T_298) begin
          if (_T_287) begin
            _T_292 <= _T_284;
          end else begin
            _T_292 <= 10'h0;
          end
        end else begin
          _T_292 <= _T_296;
        end
      end
    end
    if (reset) begin
      _T_320 <= 10'h0;
    end else begin
      if (_T_308) begin
        if (_T_326) begin
          if (_T_315) begin
            _T_320 <= _T_314;
          end else begin
            _T_320 <= 10'h0;
          end
        end else begin
          _T_320 <= _T_324;
        end
      end
    end
    if (reset) begin
      _T_372_2 <= 1'h0;
    end else begin
      if (_T_403) begin
        if (3'h2 == auto_out_d_bits_source) begin
          _T_372_2 <= 1'h0;
        end else begin
          if (_T_396) begin
            if (3'h2 == auto_in_a_bits_source) begin
              _T_372_2 <= _T_401;
            end
          end
        end
      end else begin
        if (_T_396) begin
          if (3'h2 == auto_in_a_bits_source) begin
            _T_372_2 <= _T_401;
          end
        end
      end
    end
    if (reset) begin
      _T_372_3 <= 1'h0;
    end else begin
      if (_T_403) begin
        if (3'h3 == auto_out_d_bits_source) begin
          _T_372_3 <= 1'h0;
        end else begin
          if (_T_396) begin
            if (3'h3 == auto_in_a_bits_source) begin
              _T_372_3 <= _T_401;
            end
          end
        end
      end else begin
        if (_T_396) begin
          if (3'h3 == auto_in_a_bits_source) begin
            _T_372_3 <= _T_401;
          end
        end
      end
    end
    if (_T_424) begin
      _T_426 <= _T_273;
    end
  end
endmodule